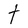
Character: t